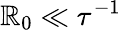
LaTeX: \mathbb{R}_{0}\ll\tau^{-1}